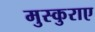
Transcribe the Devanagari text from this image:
मुस्कुराए